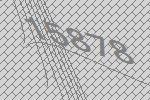
15878